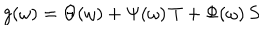
g ( \omega ) = \Theta ( \omega ) + \Psi ( \omega ) \, T + \Phi ( \omega ) \, S